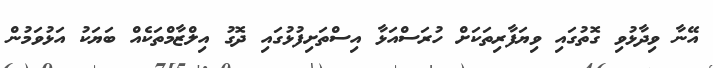
އޭނާ ވިދާޅުވި ގޮތުގައި ވިޔަފާރިތަކަށް ހުރަސްއަޅާ އިސްތަށިފުޅުގައި ދޮގު އިލްޒާމްތަކެއް ބަޔަކު އަޅުވަމުން